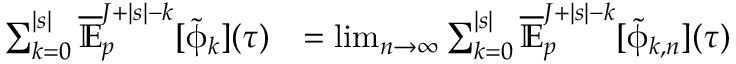
\begin{array} { r l } { \sum _ { k = 0 } ^ { | s | } \overline { { \mathbb { E } } } _ { p } ^ { J + | s | - k } [ { \tilde { \upphi } } _ { k } ] ( \tau ) } & { = \operatorname* { l i m } _ { n \to \infty } \sum _ { k = 0 } ^ { | s | } \overline { { \mathbb { E } } } _ { p } ^ { J + | s | - k } [ { \tilde { \upphi } } _ { k , n } ] ( \tau ) } \end{array}